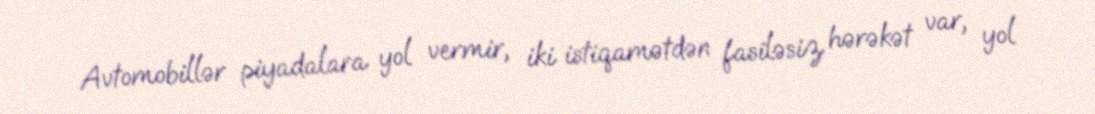
Avtomobillər piyadalara yol vermir, iki istiqamətdən fasiləsiz hərəkət var, yol